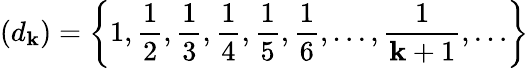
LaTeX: (d_{\mathbf{k}})=\left\{ 1,{\frac{{1}}{{2}}},{\frac{{1}}{{3}}},{\frac{{1}}{{4}}},{\frac{{1}}{{5}}},{\frac{{1}}{{6}}},\ldots,{\frac{{1}}{{\mathbf{k}+1}}},\ldots\right\}